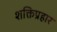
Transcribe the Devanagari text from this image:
शक्तिप्रहार